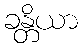
ခန္တိယာ